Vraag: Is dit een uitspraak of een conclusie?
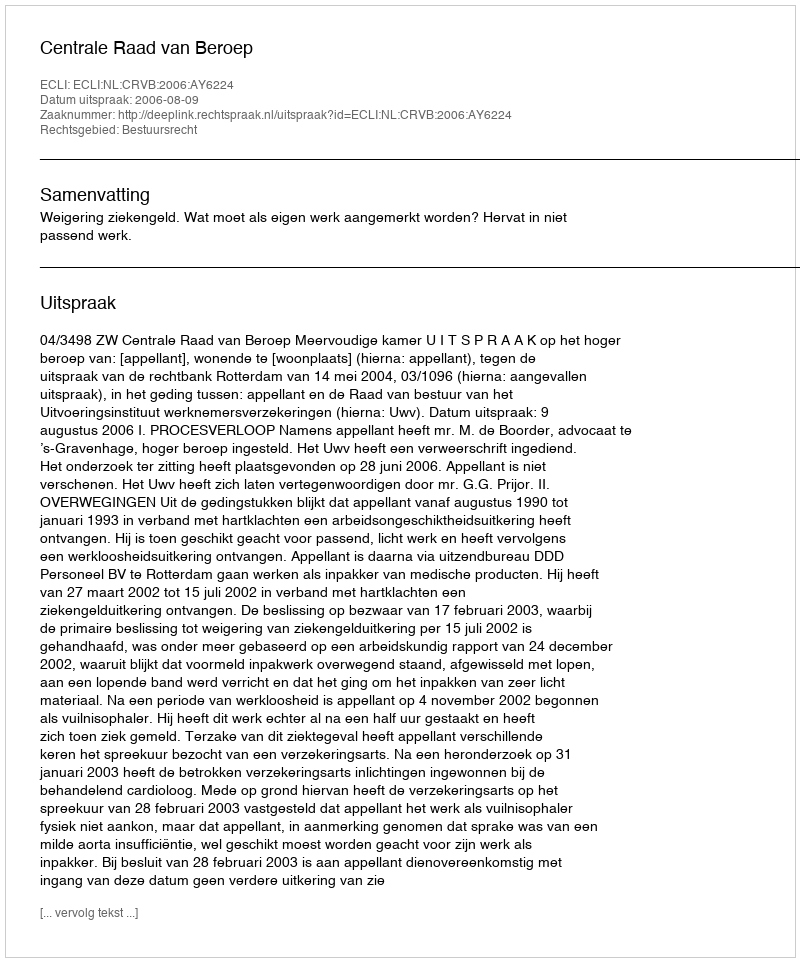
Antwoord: Uitspraak